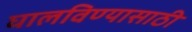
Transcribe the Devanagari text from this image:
घालविण्‍यासाठी